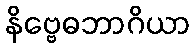
နိဗ္ဗေဓဘာဂိယာ